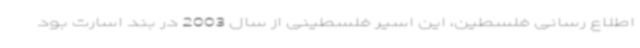
اطلاع رسانی فلسطین، این اسیر فلسطینی از سال 2003 در بند اسارت بود